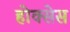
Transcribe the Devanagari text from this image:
होक्सेस